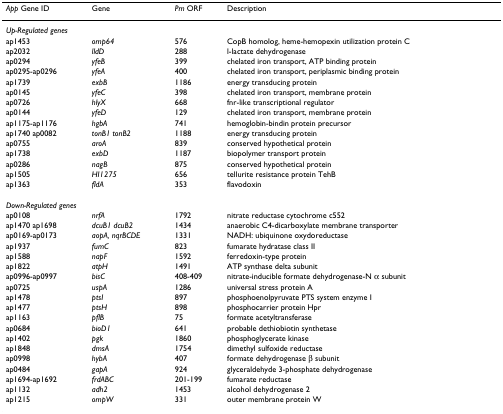
<table><thead><tr><td><b><i>App </i>Gene ID</b></td><td><b>Gene</b></td><td><b><i>Pm </i>ORF</b></td><td><b>Description</b></td></tr></thead><tbody><tr><td colspan="4"><i>Up-Regulated genes</i></td></tr><tr><td>ap1453</td><td><i>omp64</i></td><td>576</td><td>CopB homolog, heme-hemopexin utilization protein C</td></tr><tr><td>ap2032</td><td><i>lldD</i></td><td>288</td><td>l-lactate dehydrogenase</td></tr><tr><td>ap0294</td><td><i>yfeB</i></td><td>399</td><td>chelated iron transport, ATP binding protein</td></tr><tr><td>ap0295-ap0296</td><td><i>yfeA</i></td><td>400</td><td>chelated iron transport, periplasmic binding protein</td></tr><tr><td>ap1739</td><td><i>exbB</i></td><td>1186</td><td>energy transducing protein</td></tr><tr><td>ap0145</td><td><i>yfeC</i></td><td>398</td><td>chelated iron transport, membrane protein</td></tr><tr><td>ap0726</td><td><i>hlyX</i></td><td>668</td><td>fnr-like transcriptional regulator</td></tr><tr><td>ap0144</td><td><i>yfeD</i></td><td>129</td><td>chelated iron transport, membrane protein</td></tr><tr><td>ap1175-ap1176</td><td><i>hgbA</i></td><td>741</td><td>hemoglobin-bindin protein precursor</td></tr><tr><td>ap1740 ap0082</td><td><i>tonB1 tonB2</i></td><td>1188</td><td>energy transducing protein</td></tr><tr><td>ap0755</td><td><i>aroA</i></td><td>839</td><td>conserved hypothetical protein</td></tr><tr><td>ap1738</td><td><i>exbD</i></td><td>1187</td><td>biopolymer transport protein</td></tr><tr><td>ap0286</td><td><i>nagB</i></td><td>875</td><td>conserved hypothetical protein</td></tr><tr><td>ap1505</td><td><i>HI1275</i></td><td>656</td><td>tellurite resistance protein TehB</td></tr><tr><td>ap1363</td><td><i>fldA</i></td><td>353</td><td>flavodoxin</td></tr><tr><td colspan="4"><i>Down-Regulated genes</i></td></tr><tr><td>ap0108</td><td><i>nrfA</i></td><td>1792</td><td>nitrate reductase cytochrome c552</td></tr><tr><td>ap1470 ap1698</td><td><i>dcuB1 dcuB2</i></td><td>1434</td><td>anaerobic C4-dicarboxylate membrane transporter</td></tr><tr><td>ap0169-ap0173</td><td><i>aopA, nqrBCDE</i></td><td>1331</td><td>NADH: ubiquinone oxydoreductase</td></tr><tr><td>ap1937</td><td><i>fumC</i></td><td>823</td><td>fumarate hydratase class II</td></tr><tr><td>ap1588</td><td><i>napF</i></td><td>1592</td><td>ferredoxin-type protein</td></tr><tr><td>ap1822</td><td><i>atpH</i></td><td>1491</td><td>ATP synthase delta subunit</td></tr><tr><td>ap0996-ap0997</td><td><i>bisC</i></td><td>408-409</td><td>nitrate-inducible formate dehydrogenase-N α subunit</td></tr><tr><td>ap0725</td><td><i>uspA</i></td><td>1286</td><td>universal stress protein A</td></tr><tr><td>ap1478</td><td><i>ptsI</i></td><td>897</td><td>phosphoenolpyruvate PTS system enzyme I</td></tr><tr><td>ap1477</td><td><i>ptsH</i></td><td>898</td><td>phosphocarrier protein Hpr</td></tr><tr><td>ap1163</td><td><i>pflB</i></td><td>75</td><td>formate acetyltransferase</td></tr><tr><td>ap0684</td><td><i>bioD1</i></td><td>641</td><td>probable dethiobiotin synthetase</td></tr><tr><td>ap1402</td><td><i>pgk</i></td><td>1860</td><td>phosphoglycerate kinase</td></tr><tr><td>ap1848</td><td><i>dmsA</i></td><td>1754</td><td>dimethyl sulfoxide reductase</td></tr><tr><td>ap0998</td><td><i>hybA</i></td><td>407</td><td>formate dehydrogenase β subunit</td></tr><tr><td>ap0484</td><td><i>gapA</i></td><td>924</td><td>glyceraldehyde 3-phosphate dehydrogenase</td></tr><tr><td>ap1694-ap1692</td><td><i>frdABC</i></td><td>201-199</td><td>fumarate reductase</td></tr><tr><td>ap1132</td><td><i>adh2</i></td><td>1453</td><td>alcohol dehydrogenase 2</td></tr><tr><td>ap1215</td><td><i>ompW</i></td><td>331</td><td>outer membrane protein W</td></tr></tbody></table>